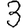
Digit: 3